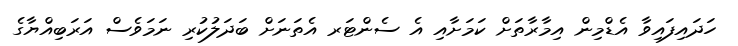
ހަދައިފައިވާ އެޑްމިން އިމާރާތަށް ކަމަށާއި އެ ސެންޓަރ އެތަނަށް ބަދަލުކުރި ނަމަވެސް އަރަބިއްޔާގެ